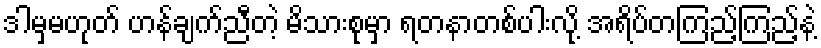
ဒါမှမဟုတ် ဟန်ချက်ညီတဲ့ မိသားစုမှာ ရတနာတစ်ပါးလို့ အရိပ်တကြည့်ကြည့်နဲ့